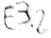
Text: E3.2